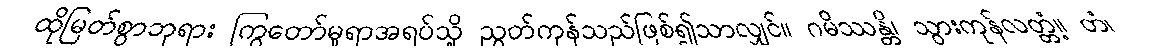
ထိုမြတ်စွာဘုရား ကြွတော်မူရာအရပ်သို့ ညွတ်ကုန်သည်ဖြစ်၍သာလျှင်။ ဂမိဿန္တိ၊ သွားကုန်လတ္တံ့။ တံ၊